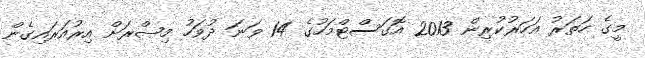
މީގެ ހަތަރު އަހަރުކުރިން 2013 އޮގަސްޓްމަހުގެ 14 ވަނަ ދުވަހު މިޞްރަށް އިރުއަރައިގެން